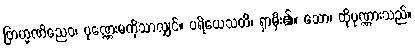
ဗြာဟ္မဏိညေဝ၊ ပုဏ္ဏေးမကိုသာလျှင်။ ပရိယေသတိ၊ ရှာမှီး၏။ သော၊ ထိုပုဏ္ဏားသည်။